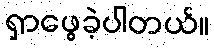
ရှာဖွေခဲ့ပါတယ်။